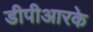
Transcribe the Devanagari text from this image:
डीपीआरके